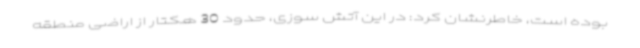
بوده است، خاطرنشان کرد: در این آتش سوزی، حدود 30 هکتار از اراضی منطقه